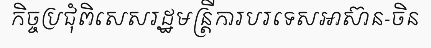
កិច្ចប្រជុំពិសេសរដ្ឋមន្ត្រីការបរទេសអាស៊ាន-ចិន